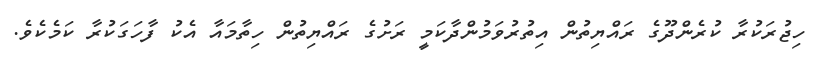
ހިޖުރަކުރާ ކުރެންދޫގެ ރައްޔިތުން އިތުރުވަމުންދާކަމީ ރަށުގެ ރައްޔިތުން ހިތާމައާ އެކު ފާހަގަކުރާ ކަމެކެވެ.